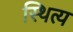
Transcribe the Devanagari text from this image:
स्थित्य